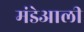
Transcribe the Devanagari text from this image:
मंडेआली